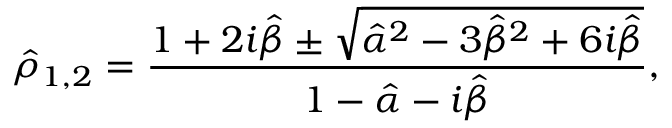
\hat { \rho } _ { 1 , 2 } = \frac { 1 + 2 i \hat { \beta } \pm \sqrt { \hat { \alpha } ^ { 2 } - 3 \hat { \beta } ^ { 2 } + 6 i \hat { \beta } } } { 1 - \hat { \alpha } - i \hat { \beta } } ,